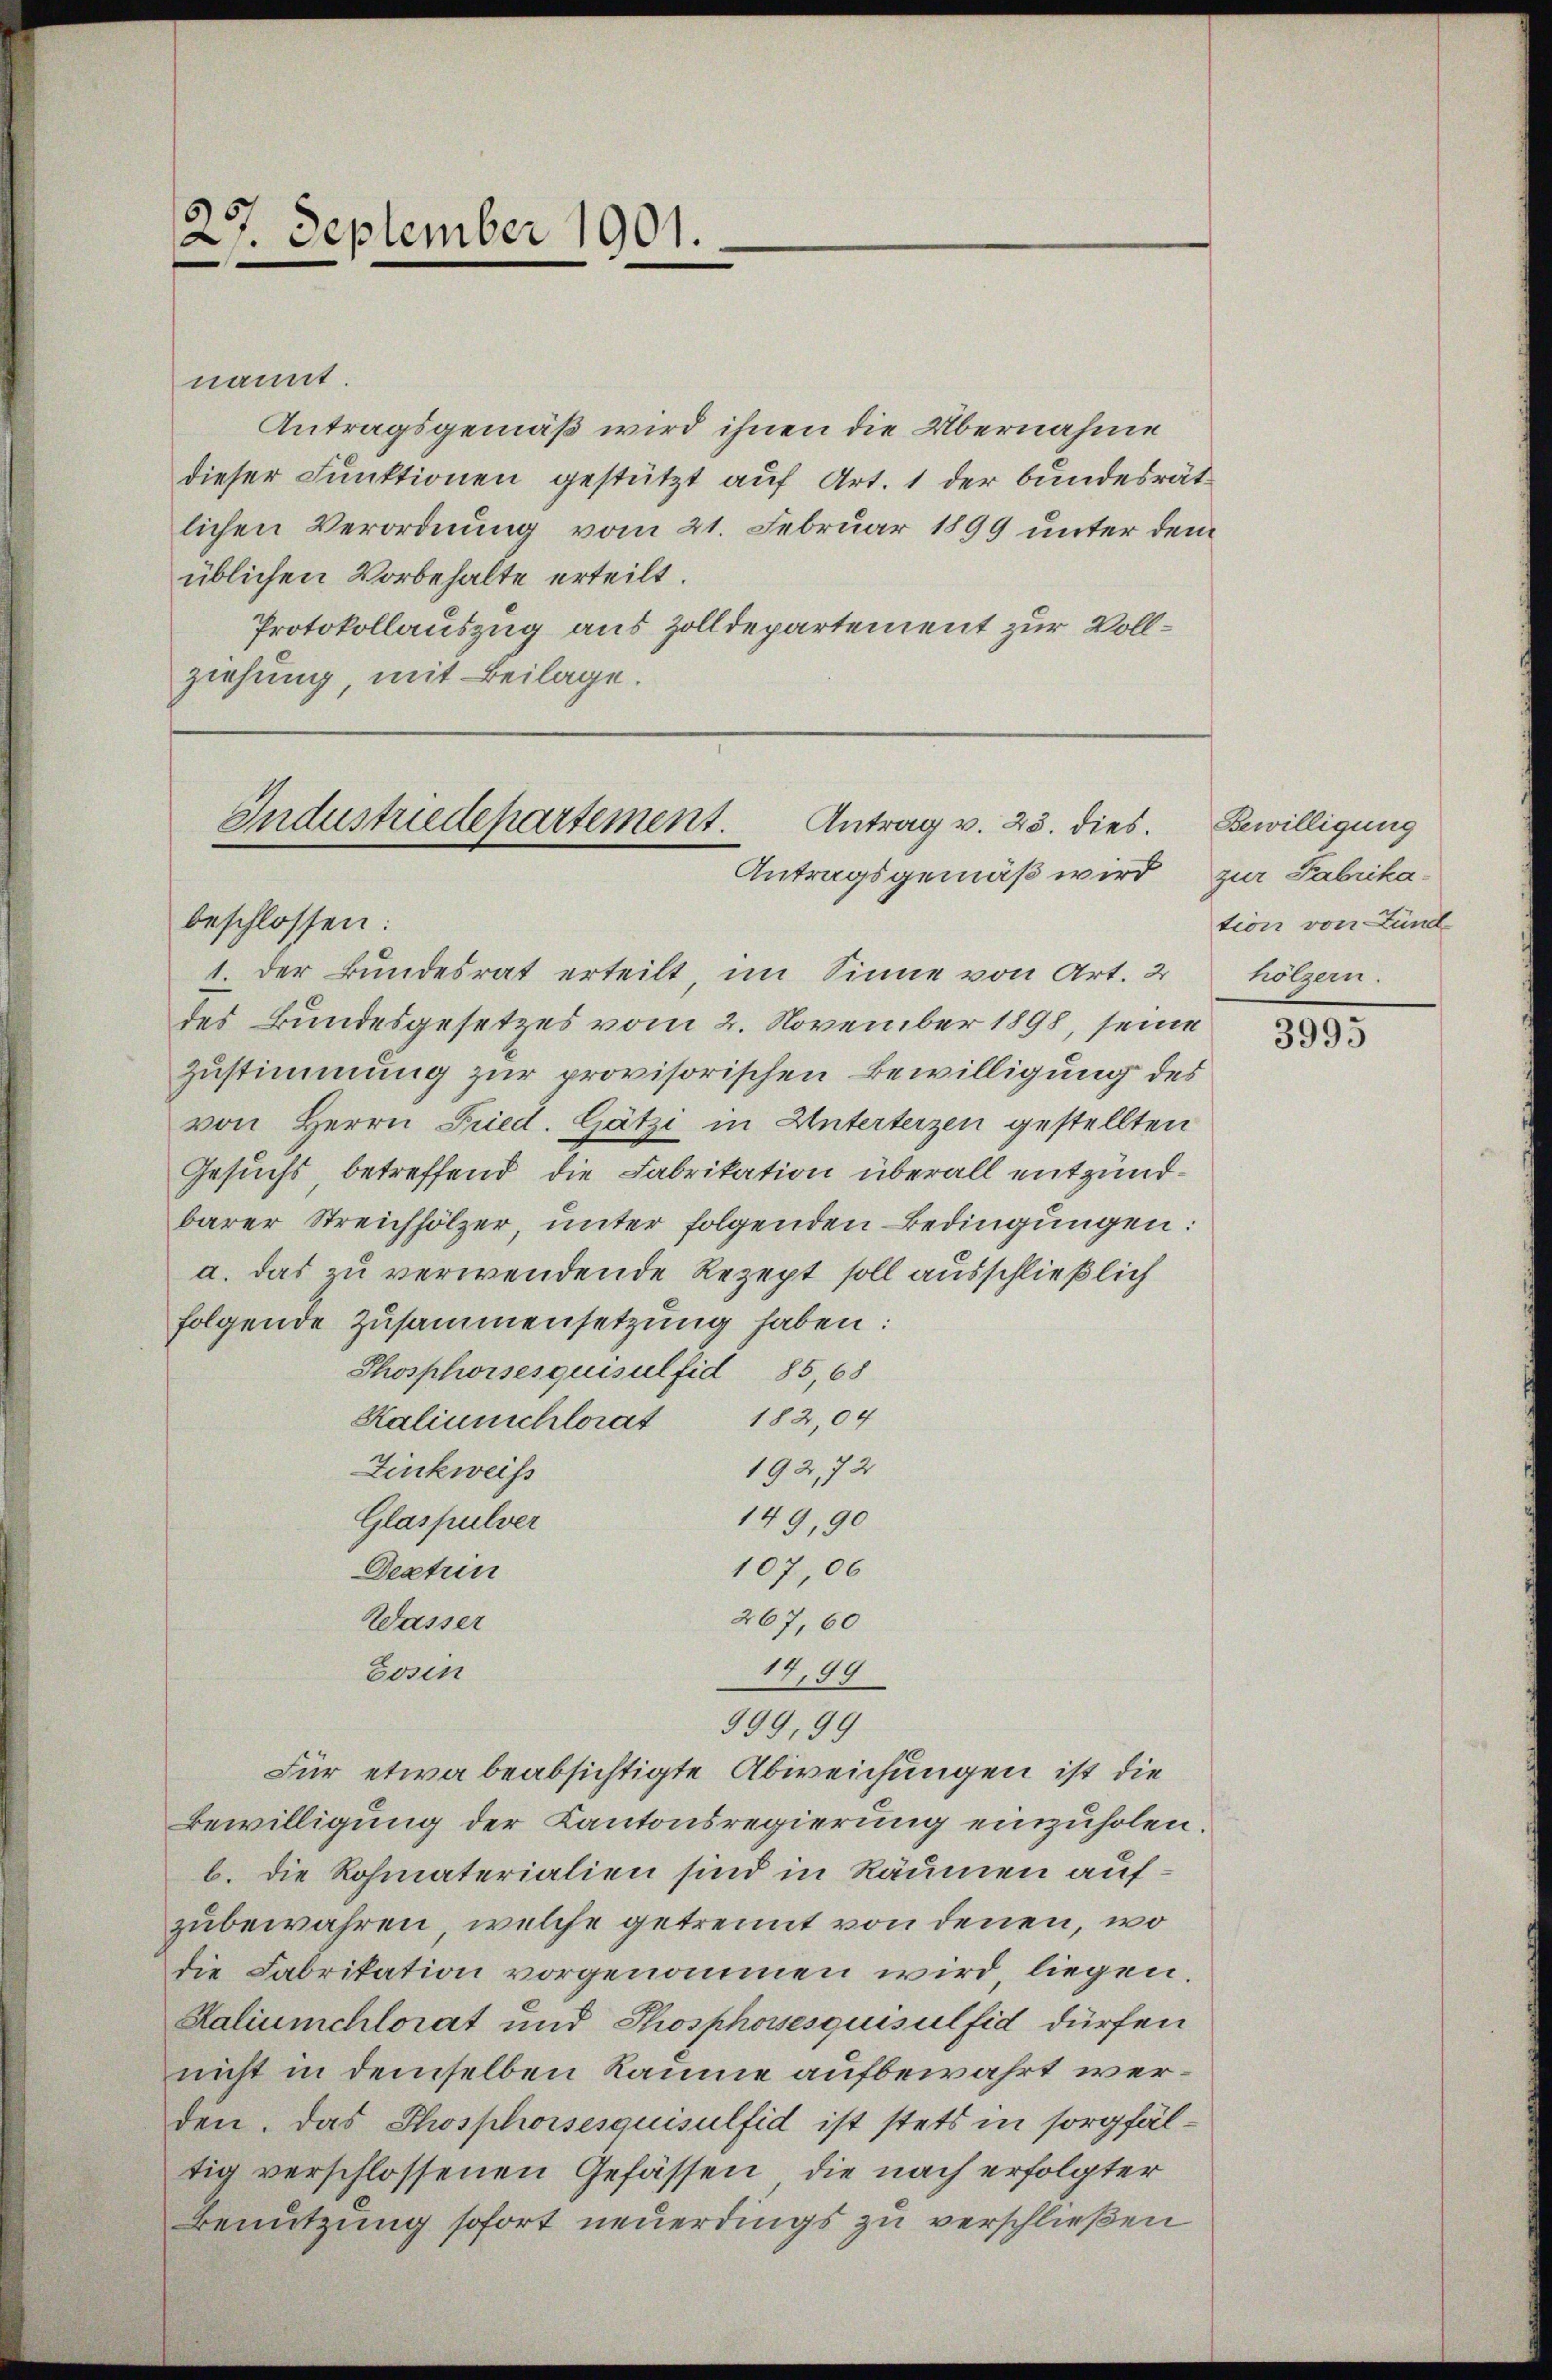
27. September 1901.

nannt.
Antragsgemäß wird ihnen die Übernahme
dieser Funktionen gestützt auf Art. 1 der bundesrät
lichen Verordnung vom 21. Februar 1899 unter dem
üblichen Vorbehalte erteilt.
Protokollauszug aus Zolldepartement zur Vollziehung, mit Beilage.

Industriedepartement.
Antrag v. 23. dies.
Antragsgemäß wird
beschlossen:

1. Der Bundesrat erteilt, im Sinne von Art. 2 hölzern.
des Bundesgesetzes vom 2. November 1898, seine
Zustimmung zur provisorischen Bewilligung des
von Herrn Fried. Gätzi in Unterterzen gestellten
Gesuchs, betreffend die Fabrikation überall entzündbarer Streichhölzer, unter folgenden Bedingungen:
a. das zu verwendende Rezept soll ausschließlich
folgende Zusammensetzung haben:
Thosphorsesquisulfid 85, 68
Kaliumschlorat 182,04
192,72
Zinkweiss
149, 90
Glaspulver
107,06
Dextrin
267,60
Wasser
14,99
Eosen
999,99
Für etwa beabsichtigte Abweichungen ist die
Bewilligung der Kantonsregierung einzuholen.
b. die Rohmaterialien sind in Räumen aufzubewahren, welche getrennt von denen, wo
die Fabrikation vorgenommen wird, liegen.
Kaliumchlorat und Thosphossesquisulfid dürfen
nicht in demselben Raume aufbewahrt werden. Das Phosphorsesquisulfid ist stets in sorgfältig verschlossenen Gefässen, die nach erfolgter
Benutzung sofort neuerdings zu verschließen

Bewilligung
zur Fabrikation von Lund

3995